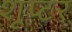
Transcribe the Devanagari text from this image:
शूप्टर